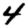
Digit: 4